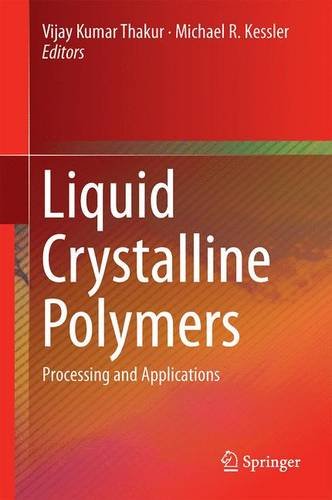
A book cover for Liquid Crystalline Polymers: Volume 2--Processing and Applications; Science & Math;